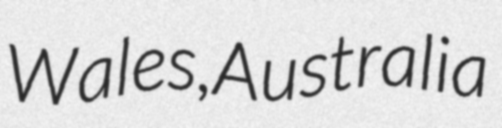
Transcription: Wales, Australia